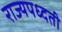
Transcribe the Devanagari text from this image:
राज्यपध्दती